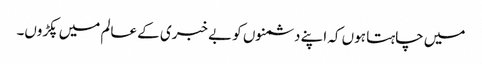
میں چاہتا ہوں کہ اپنے دشمنوں کو بے خبری کے عالم میں پکڑوں۔